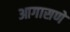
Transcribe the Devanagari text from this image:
आगासणे